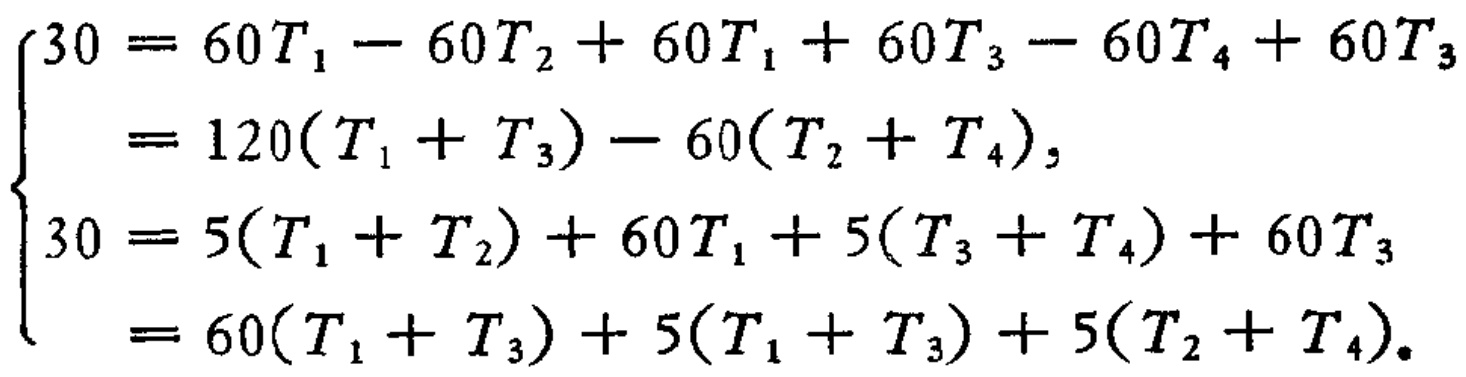
\[
\begin{cases}
30 = 60T_1 - 60T_2 + 60T_1 + 60T_3 - 60T_4 + 60T_3\\
\ \ \ \ = 120(T_1 + T_3) - 60(T_2 + T_4),\\
30 = 5(T_1 + T_2) + 60T_1 + 5(T_3 + T_4) + 60T_3\\
\ \ \ \ = 60(T_1 + T_3) + 5(T_1 + T_3) + 5(T_2 + T_4).
\end{cases}
\]